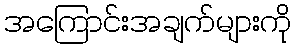
အကြောင်းအချက်များကို